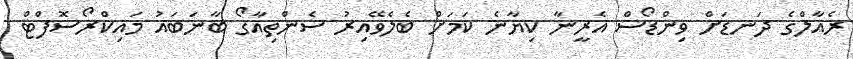
ރެއާލްގެ ދަނޑަށް ވިންޑޯސް އެރީނާ ކިޔާނެ ކަމަށް ބެލެވޭއިރު ސެންތިއާގޯ ބާނަބައު މައިކްރޯސޮފްޓް